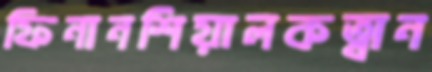
ফিনানশিয়ালকত্বান